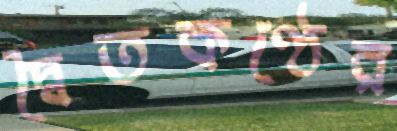
দ্বৈতকণ্ঠের